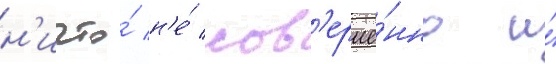
н'ичто́ н'е́ сов'ерше́нно и́